Annual statistical returns and brief notes on vaccination in Bengal - 1909-1929
Year: 1909
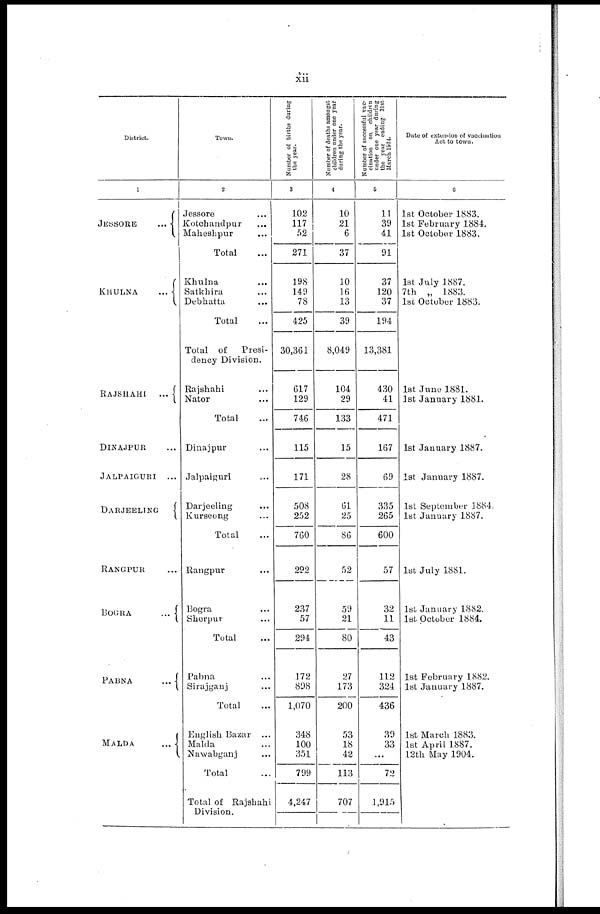
xii
District.
1
JESSORE...
KHULNA...
RAJSHAHI...
DINAJPUR...
JALPAIGURI...
DARJEELING...
RANGPUR...
BOGRA...
PABNA...
MALDA...
Town.
2
Jessore...
Kotchandpur...
Maheshpur...
Total...
Khulna...
Satkhira...
Debhatta...
Total...
Total of
Presi-
dency Division.
Rajshahi...
Nator...
Total...
Dinajpur...
Jalpaiguri...
Darjeeling...
Kurseong...
Total...
Rangpur...
Bogra...
Sherpur...
Total...
Pabna...
Sirajganj...
Total...
English
Bazar...
Malda...
Nawabganj...
Total...
Total of Rajshahi
Division.
Number of births during
the year.
3
102
117
52
271
198
149
78
425
30,361
617
129
746
115
171
508
252
760
292
237
57
294
172
898
1,070
348
100
351
799
4,247
Number of deaths amongst
children under one year
during the year.
4
10
21
6
37
10
16
13
39
8,049
104
29
133
15
28
61
25
86
52
59
21
80
27
173
200
53
18
42
113
707
Number of successful vac-
cination on children
under one year during
the year ending 31st
March 1934.
5
11
39
41
91
37
120
37
194
13,381
430
41
471
167
69
335
265
600
57
32
11
43
112
324
436
39
33
...
72
l,915
Date of extension of vaccination
Act to town.
6
1st October 1883.
1st February 1884.
1st October 1883.
1st July 1887.
7th „ 1883.
1st October 1883.
1st June 1881.
1st January 1881.
1st January 1887.
1st January 1887.
1st September 1884.
1st January 1887.
1st July 1881.
1st January 1882.
1st October 1884.
1st February 1882.
1st January 1887.
1st March 1883.
1st April 1887.
12th May 1904.